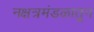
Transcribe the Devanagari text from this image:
नक्षत्रमंडळातून